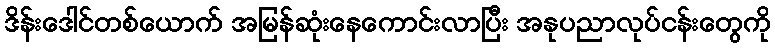
ဒိန်းဒေါင်တစ်ယောက် အမြန်ဆုံးနေကောင်းလာပြီး အနုပညာလုပ်ငန်းတွေကို